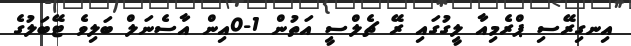
އިނގިރޭސި ޕްރެމިއާ ލީގުގައި ރޭ ޗެލްސީ އަތުން 1-0އިން އާސެނަލް ބަލިވެ ޓޭބަލުގެ